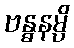
ဗန္ဓနမ္ပိ